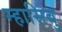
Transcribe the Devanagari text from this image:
म्हासिबु